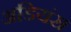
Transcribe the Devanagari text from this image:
अडियंस